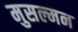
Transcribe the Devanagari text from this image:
मुसल्मन